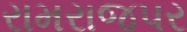
રામરાજપર